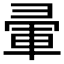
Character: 𭛒